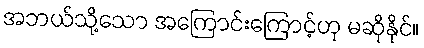
အဘယ်သို့သော အကြောင်းကြောင့်ဟု မဆိုနိုင်။